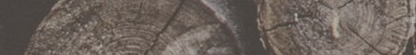
محلات بيع الأدوات المكتبي